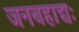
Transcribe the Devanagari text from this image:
जनबहाद्यः